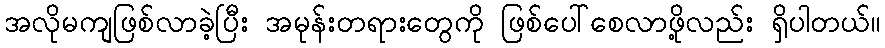
အလိုမကျဖြစ်လာခဲ့ပြီး အမုန်းတရားတွေကို ဖြစ်ပေါ်စေလာဖို့လည်း ရှိပါတယ်။